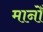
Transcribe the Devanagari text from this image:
मानोँ